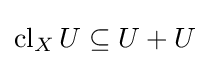
\operatorname {cl} _{X}U\subseteq U+U